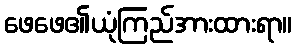
ဖေဖေ၏ယုံကြည်အားထားရာ။